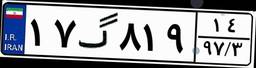
۱۷گ۸۱۹۱۴